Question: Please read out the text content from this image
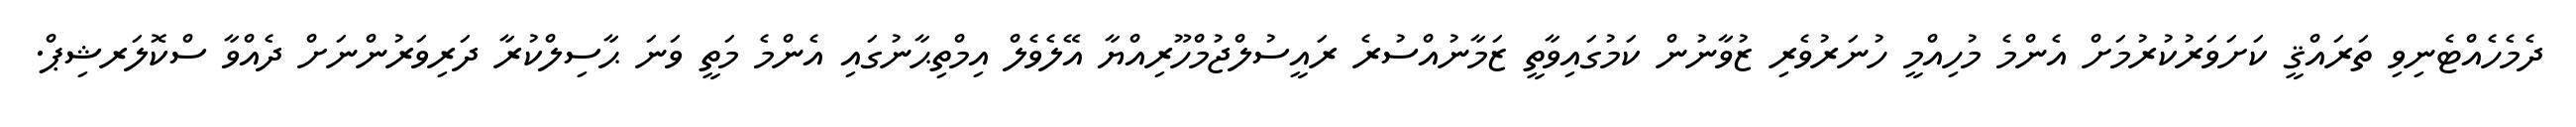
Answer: ދެމެހެއްޓެނިވި ތަރައްޤީ ކަށަވަރުކުރުމަށް އެންމެ މުހިއްމީ ހުނަރުވެރި ޒުވާނުން ކަމުގައިވާތީ ޒަމާނުއްސުރެ ރައީސުލްޖުމްހޫރިއްޔާ އޭލެވެލް އިމްތިޙާނުގައި އެންމެ މަތީ ވަނަ ޙާސިލްކުރާ ދަރިވަރުންނަށް ދެއްވާ ސްކޮލަރޝިޕް.